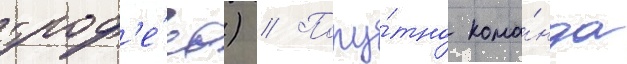
троф'е́ев) // Попу́тно кома́нда